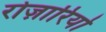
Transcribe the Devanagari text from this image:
रोज़ारियो